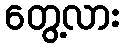
တွေ့လား